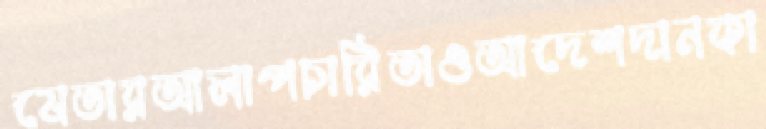
যেতারআলাপচারিতাওআদেশদানকা